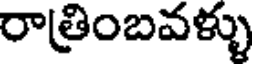
రాత్రింబవళ్ళు